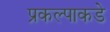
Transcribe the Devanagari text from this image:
प्रकल्पाकडे